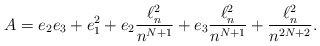
\begin{align*}A= e_2e_3+e_1^2+ e_2\frac{\ell^2_n}{n^{N+1}} + e_3\frac{\ell^2_n}{n^{N+1}}+ \frac{\ell^2_n}{n^{2N+2}}.\end{align*}